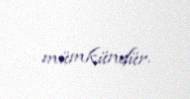
mümkündür.